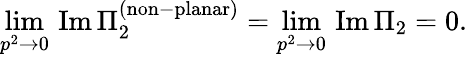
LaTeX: \operatorname*{lim}_{p^{2}\rightarrow 0}\, \mathrm{Im}\, \Pi_{2}^{\mathrm{(non\mathrm{-}planar)}}=\operatorname*{lim}_{p^{2}\rightarrow 0}\, \mathrm{Im}\, \Pi_{2}=0.